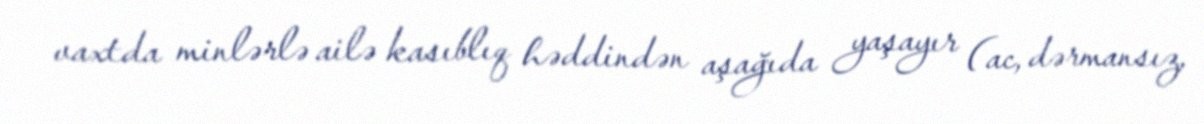
vaxtda minlərlə ailə kasıblıq həddindən aşağıda yaşayır (ac, dərmansız,